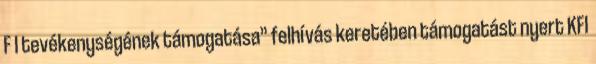
F I tevékenységének támogatása” felhívás keretében támogatást nyert KFI